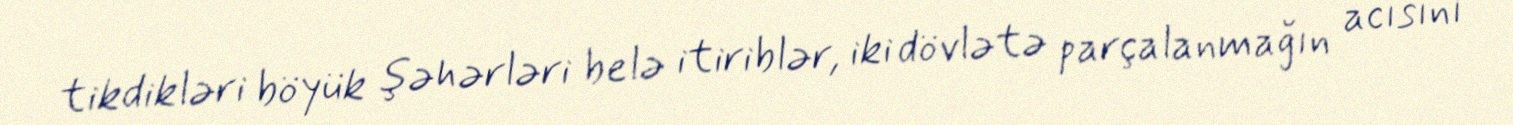
tikdikləri böyük şəhərləri belə itiriblər, iki dövlətə parçalanmağın acısını